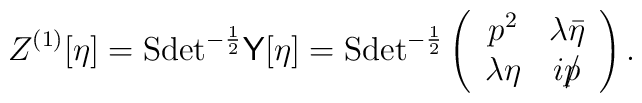
Z^{(1)}[\eta]={\rm Sdet}^{-\frac12}{\sf Y}[\eta]={\rm Sdet}^{-\frac12}\left(\begin{array}{cc}p^2 & \lambda\bar\eta \\\lambda\eta & ip\llap/ \end{array}\right).